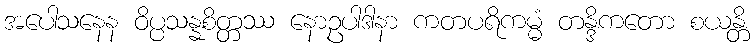
အပေါသနေန ဝိပ္ပသန္နစိတ္တဿ နောဥပါဒါနာ ကတပရိကမ္မံ တန္ဒိကတော စယန္တိ